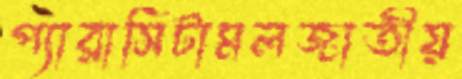
প্যারাসিটামলজাতীয়